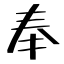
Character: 奉